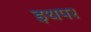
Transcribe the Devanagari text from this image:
इथपर